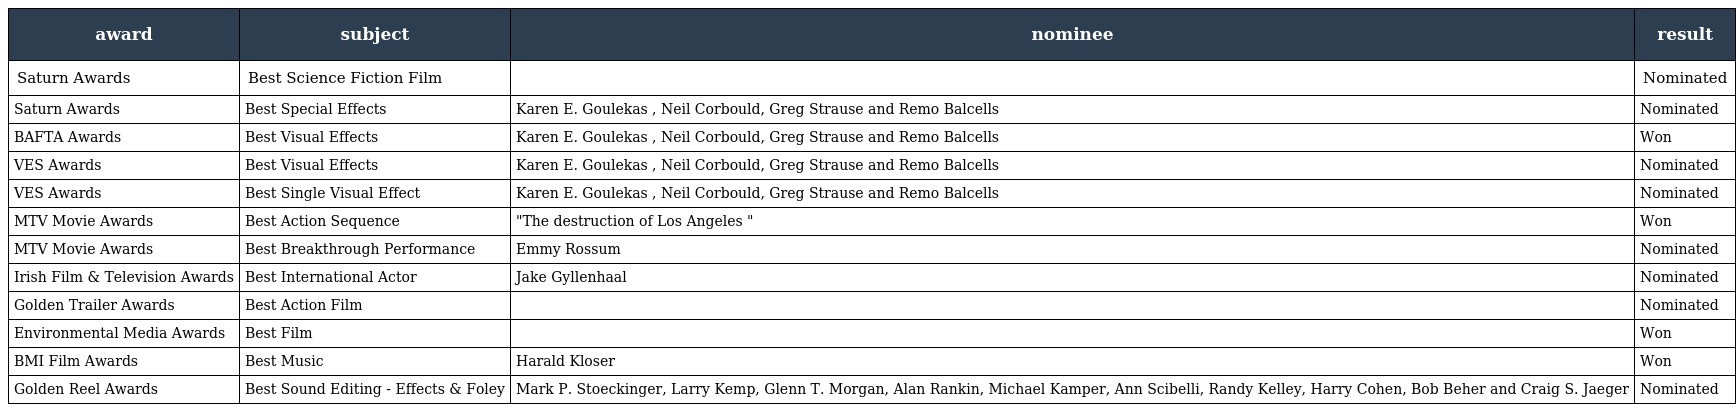
| award | subject | nominee | result |
 | --- | --- | --- | --- |
 | Saturn Awards | Best Science Fiction Film |  | Nominated |
 | Saturn Awards | Best Special Effects | Karen E. Goulekas , Neil Corbould, Greg Strause and Remo Balcells | Nominated |
 | BAFTA Awards | Best Visual Effects | Karen E. Goulekas , Neil Corbould, Greg Strause and Remo Balcells | Won |
 | VES Awards | Best Visual Effects | Karen E. Goulekas , Neil Corbould, Greg Strause and Remo Balcells | Nominated |
 | VES Awards | Best Single Visual Effect | Karen E. Goulekas , Neil Corbould, Greg Strause and Remo Balcells | Nominated |
 | MTV Movie Awards | Best Action Sequence | "The destruction of Los Angeles " | Won |
 | MTV Movie Awards | Best Breakthrough Performance | Emmy Rossum | Nominated |
 | Irish Film & Television Awards | Best International Actor | Jake Gyllenhaal | Nominated |
 | Golden Trailer Awards | Best Action Film |  | Nominated |
 | Environmental Media Awards | Best Film |  | Won |
 | BMI Film Awards | Best Music | Harald Kloser | Won |
 | Golden Reel Awards | Best Sound Editing - Effects & Foley | Mark P. Stoeckinger, Larry Kemp, Glenn T. Morgan, Alan Rankin, Michael Kamper, Ann Scibelli, Randy Kelley, Harry Cohen, Bob Beher and Craig S. Jaeger | Nominated |